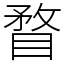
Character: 瞀